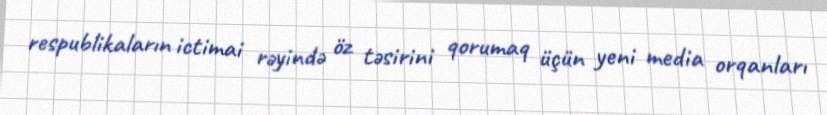
respublikaların ictimai rəyində öz təsirini qorumaq üçün yeni media orqanları